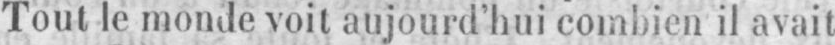
Tout le monde voit aujourd’hui combien il avait